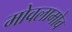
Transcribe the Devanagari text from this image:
मोवलामोव